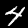
Label: 4